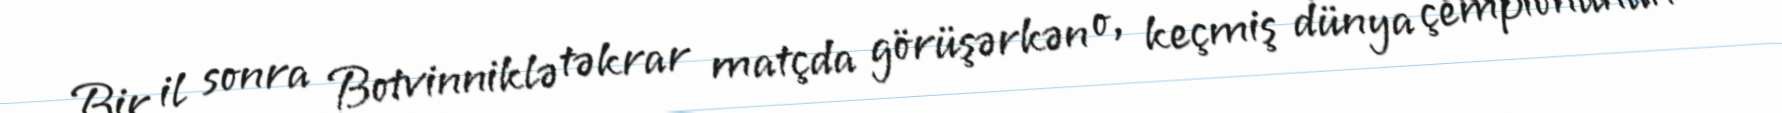
Bir il sonra Botvinniklə təkrar matçda görüşərkən o, keçmiş dünya çempionunun